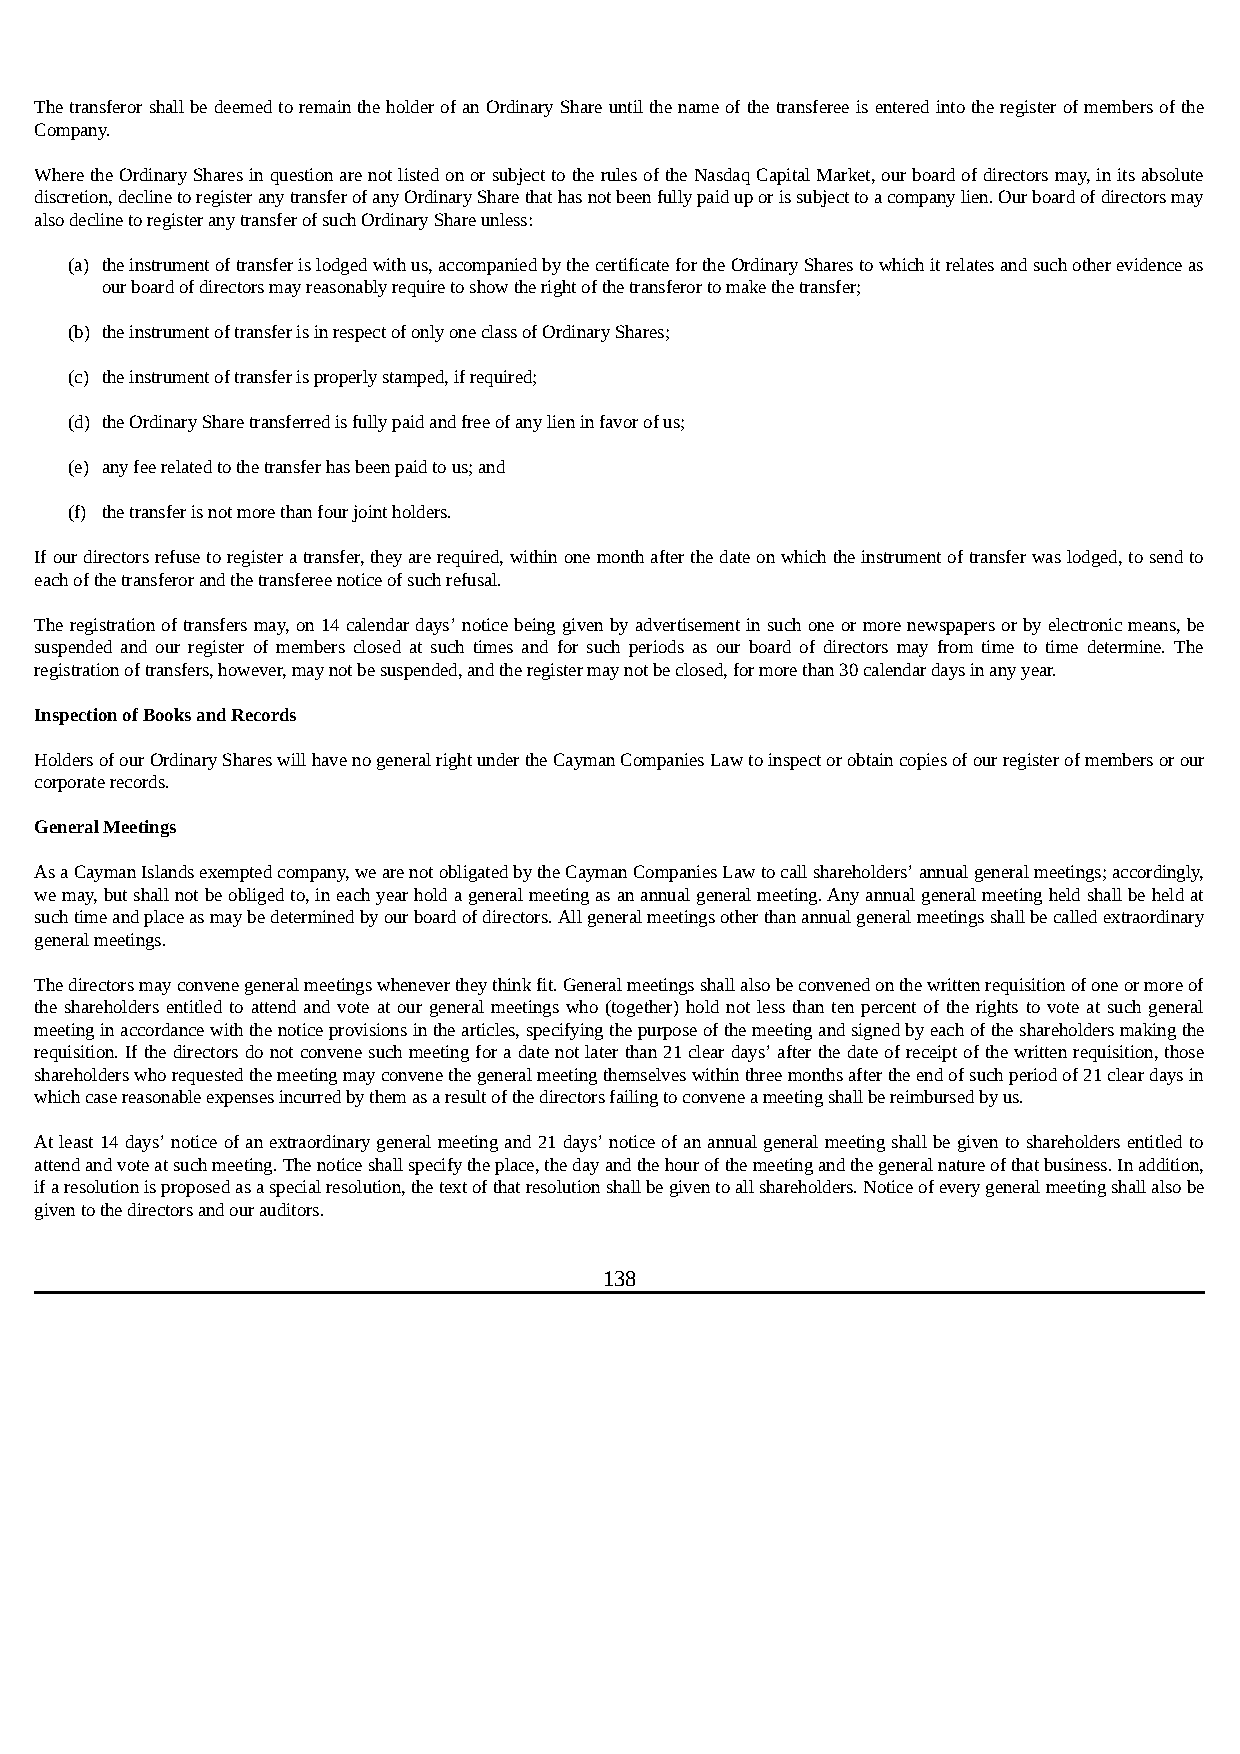
The transferor shall be deemed to remain the holder of an Ordinary Share until the name of the transferee is entered into the register of members of the
 Company.
 Where the Ordinary Shares in question are not listed on or subject to the rules of the Nasdaq Capital Market, our board of directors may, in its absolute
 discretion, decline to register any transfer of any Ordinary Share that has not been fully paid up or is subject to a company lien. Our board of directors may
 also decline to register any transfer of such Ordinary Share unless:
 (a) the instrument of transfer is lodged with us, accompanied by the certificate for the Ordinary Shares to which it relates and such other evidence as
 our board of directors may reasonably require to show the right of the transferor to make the transfer;
 (b) the instrument of transfer is in respect of only one class of Ordinary Shares;
 (c) the instrument of transfer is properly stamped, if required;
 (d) the Ordinary Share transferred is fully paid and free of any lien in favor of us;
 (e) any fee related to the transfer has been paid to us; and
 (f) the transfer is not more than four joint holders.
 If our directors refuse to register a transfer, they are required, within one month after the date on which the instrument of transfer was lodged, to send to
 each of the transferor and the transferee notice of such refusal.
 The registration of transfers may, on 14 calendar days’ notice being given by advertisement in such one or more newspapers or by electronic means, be
 suspended and our register of members closed at such times and for such periods as our board of directors may from time to time determine. The
 registration of transfers, however, may not be suspended, and the register may not be closed, for more than 30 calendar days in any year.
 Inspection of Books and Records
 Holders of our Ordinary Shares will have no general right under the Cayman Companies Law to inspect or obtain copies of our register of members or our
 corporate records.
 General Meetings
 As a Cayman Islands exempted company, we are not obligated by the Cayman Companies Law to call shareholders’ annual general meetings; accordingly,
 we may, but shall not be obliged to, in each year hold a general meeting as an annual general meeting. Any annual general meeting held shall be held at
 such time and place as may be determined by our board of directors. All general meetings other than annual general meetings shall be called extraordinary
 general meetings.
 The directors may convene general meetings whenever they think fit. General meetings shall also be convened on the written requisition of one or more of
 the shareholders entitled to attend and vote at our general meetings who (together) hold not less than ten percent of the rights to vote at such general
 meeting in accordance with the notice provisions in the articles, specifying the purpose of the meeting and signed by each of the shareholders making the
 requisition. If the directors do not convene such meeting for a date not later than 21 clear days’ after the date of receipt of the written requisition, those
 shareholders who requested the meeting may convene the general meeting themselves within three months after the end of such period of 21 clear days in
 which case reasonable expenses incurred by them as a result of the directors failing to convene a meeting shall be reimbursed by us.
 At least 14 days’ notice of an extraordinary general meeting and 21 days’ notice of an annual general meeting shall be given to shareholders entitled to
 attend and vote at such meeting. The notice shall specify the place, the day and the hour of the meeting and the general nature of that business. In addition,
 if a resolution is proposed as a special resolution, the text of that resolution shall be given to all shareholders. Notice of every general meeting shall also be
 given to the directors and our auditors.
 138